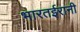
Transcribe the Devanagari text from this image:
भारतईरानी